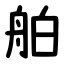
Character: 舶